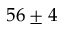
5 6 \pm 4